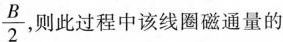
$$\frac{B}{2}$$，则此过程中该线圈磁通量的